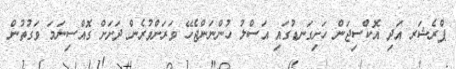
ޕްރެޝަރ އަދި އޮކްސިޖަން ހަށިގަނޑުގައި އަސްލު ހުންނަންޖެހޭ ވަރަށްވުރެން ދަށަށް ގޮއްސިނަމަ ވަގުތުން